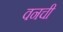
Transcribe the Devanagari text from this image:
वनची